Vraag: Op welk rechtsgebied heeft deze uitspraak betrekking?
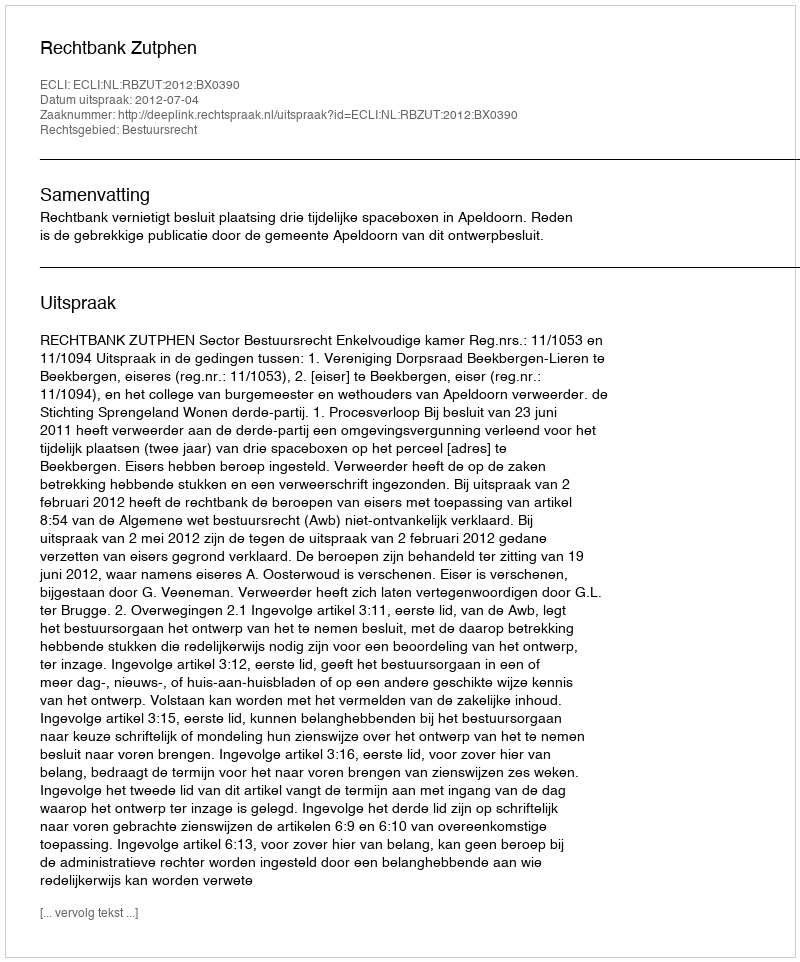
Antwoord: Bestuursrecht